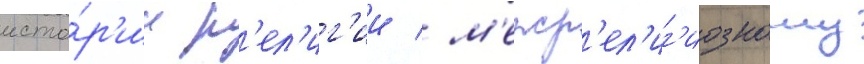
исто́р'ии р'ел'иг'ии / м'ежр'ел'иг'иозному